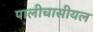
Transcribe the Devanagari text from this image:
पालीचासीयल